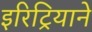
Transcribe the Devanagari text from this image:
इरिट्रियाने